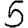
Digit: 5